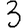
Digit: 3